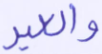
والعير